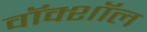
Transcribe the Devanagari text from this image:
वॉक्शॉल